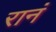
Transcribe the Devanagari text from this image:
रानं